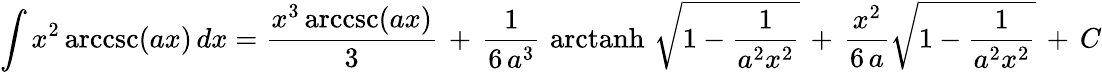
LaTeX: \int x^{2}\operatorname{arccsc}(ax)\, dx={\frac{x^{3}\operatorname{arccsc}(ax)}{3}}\, +\, {\frac{1}{6\, a^{3}}}\, \operatorname{arctanh}\, {\sqrt{1-{\frac{1}{a^{2}x^{2}}}}}\, +\, {\frac{x^{2}}{6\, a}}{\sqrt{1-{\frac{1}{a^{2}x^{2}}}}}\, +\, C